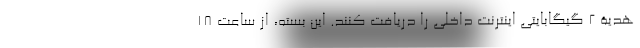
هدیۀ ۲ گیگابایتی اینترنت داخلی را دریافت کنند. این بسته، از ساعت ۱۸